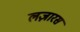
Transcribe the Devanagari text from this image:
लज़ारस